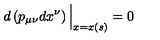
d \left( p _ { \mu \nu } d x ^ { \nu } \right) \Big \vert _ { x = x ( s ) } = 0